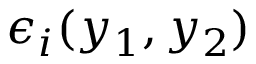
\epsilon _ { i } ( y _ { 1 } , y _ { 2 } )